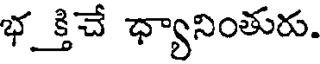
భక్తిచే ధ్యానింతురు.